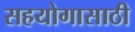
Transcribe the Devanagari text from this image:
सहयोगासाठी